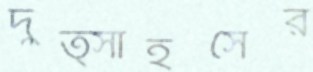
দুত্সাহসের